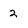
Character: 2